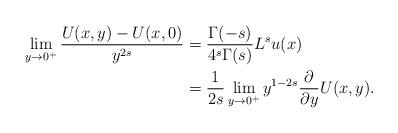
LaTeX: \begin{align*}\lim_{y\to 0^+}\frac{U(x,y)-U(x,0)}{y^{2s}}&=\frac{\Gamma(-s)}{4^s\Gamma(s)}L^su(x)\\&=\frac{1}{2s}\lim_{y\to 0^+}y^{1-2s}\frac{\partial}{\partial y}U(x,y).\end{align*}